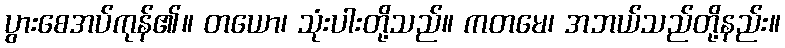
ပွားစေအပ်ကုန်၏။ တယော၊ သုံးပါးတို့သည်။ ကတမေ၊ အဘယ်သည်တို့နည်း။